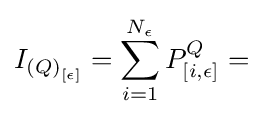
I_{{(Q)}_{[\epsilon ]}}=\sum _{i=1}^{N_{\epsilon }}{P_{[i,\epsilon ]}^{Q}}=